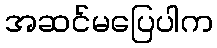
အဆင်မပြေပါက